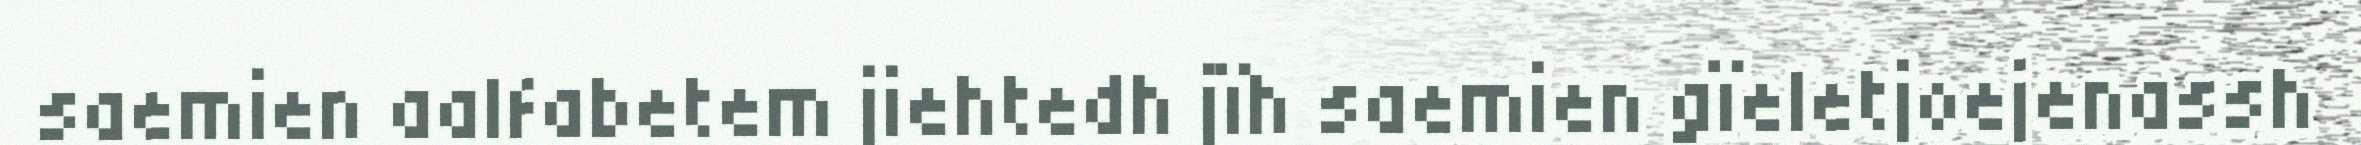
saemien aalfabetem jiehtedh jïh saemien gïeletjoejenassh